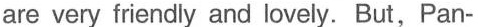
are very friendly and lovely. But, Pan-